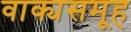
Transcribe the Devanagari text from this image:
वाक्यसमूह